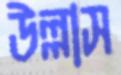
উল্লাস